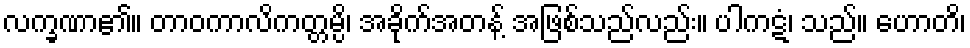
လက္ခဏာ၏။ တာဝကာလိကတ္တမ္ပိ၊ အခိုက်အတန့် အဖြစ်သည်လည်း။ ပါကဋံ၊ သည်။ ဟောတိ၊